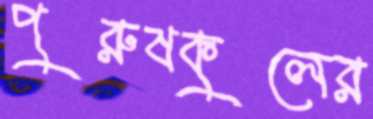
পুরুষকুলের